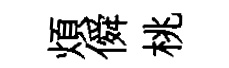
煩僢桃